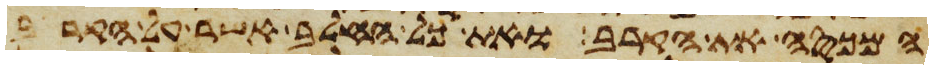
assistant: המכסה את הקרב ואת כל החלב אשר על הקרב